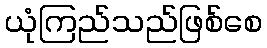
ယုံကြည်သည်ဖြစ်စေ